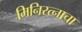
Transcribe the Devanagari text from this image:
मिनिरत्नाचा